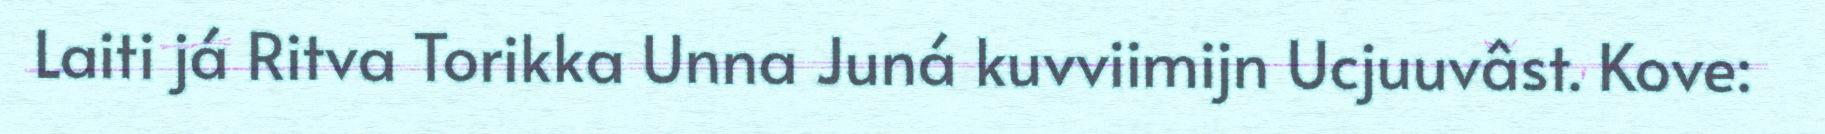
Laiti já Ritva Torikka Unna Juná kuvviimijn Ucjuuvâst. Kove: